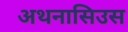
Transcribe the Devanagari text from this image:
अथनासिउस